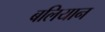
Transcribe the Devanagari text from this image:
बलियान